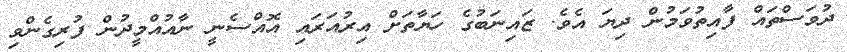
ދުވަސްތައް ފާއިތުވަމުން ދިޔަ އެވެ. ޒައިނަބުގެ ހަޔާތަށް އިރުއަރައި އޮއްސެނީ ނާއުއްމީދުން ފުރިގެންވި